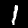
Label: 1